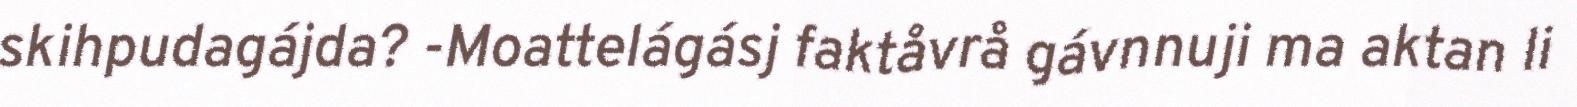
skihpudagájda? -Moattelágásj faktåvrå gávnnuji ma aktan li